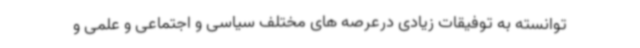
توانسته به توفیقات زیادی درعرصه های مختلف سیاسی و اجتماعی و علمی و